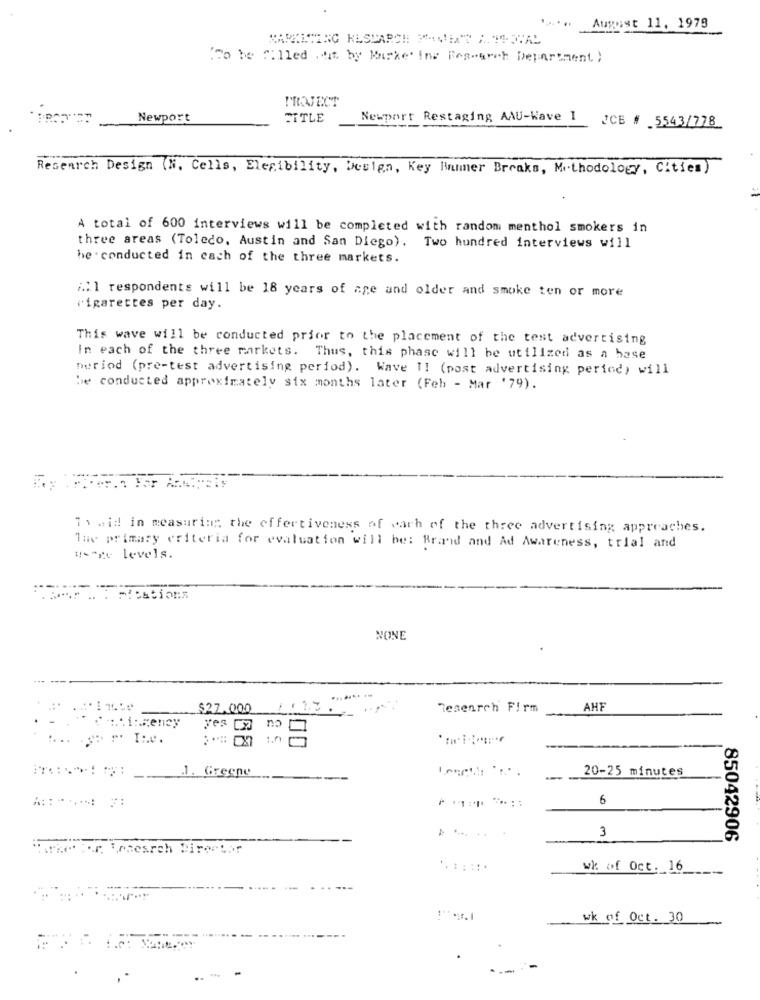
1 ... August 11. 1978
To be filled hit by Marketing Research Department)
PROJECT
Newport
TITLE
Newport Restaging AAU-Kave 1
JCE # 5543/778
Research Design (N. Cells, Elegibility, Design, Key Bummer Breaks, Methodology, Cities)
A total of 600 interviews will be completed with random menthol smokers in
three areas (Toledo, Austin and San Diego). Two hundred interviews will
be conducted in cach of the three markets.
i.11 respondents will be 18 years of age and older and smoke ten or more
cigarettes per day.
This wave will be conducted prior to the placement of the test advertising
In each of the three markets. Thus, this phase will be utilized as a base
period (pre-test advertising period). Wave 11 (post advertising period) will
be conducted approximately six months later (Feb - Mar '79).
11 .id in measuring the effectiveness of warh of the three advertising approaches.
The primary criteria for evaluation will be: Brand and Ad Awareness, trial and
weare levels.
NONE
1741⑈
$27.000
Tesenrch Firm
AHE
::: iagency
"" Ine.
nº 1
.n
.1. Greene
20-25 minutes
6
3
85042906
Marketfor. Taesreh Director
wk of Oct. 16
wk of Oct. 30
---